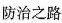
防治之路